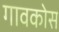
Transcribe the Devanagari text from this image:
गावकोस